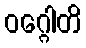
ဝဂ္ဂေါတိ